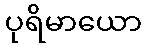
ပုရိမာယော